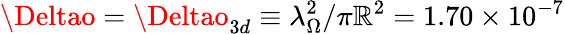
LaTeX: \Deltao=\Deltao_{3d}\equiv\lambda_{\Omega}^{2}/\pi\mathbb{R}^{2}=1.70\times10^{-7}